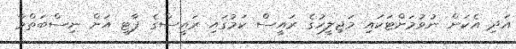
އަދި އެކަން ނުވުމަށްޓަކައި މަޖިލީހުގެ ރައީސް ކަމުގައި ރައީސްގެ ޕާޓީ އަށް ނިސްބަތްވާ